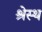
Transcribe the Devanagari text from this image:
श्रेस्थ